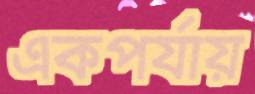
একপর্যায়